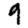
Digit: 9